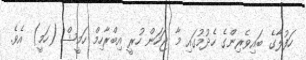
ހަފުލާގެ ބައިވެރިންގެ ހެދުމުގައި މާ ޖަހަން ހުރީ އިބްރާހިމް ހަމީޝް (ހަމީ) އެވެ.